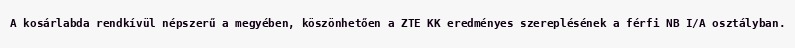
A kosárlabda rendkívül népszerű a megyében, köszönhetően a ZTE KK eredményes szereplésének a férfi NB I/A osztályban.